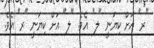
"ރ" އަށް ކިޔަނީ "ލ" އެވެ. "ލ" އަށް ކިޔަނީ "ރ" އެވެ.